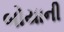
બોયાની